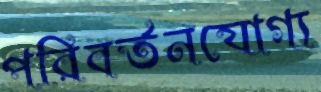
পরিবর্তনযোগ্য